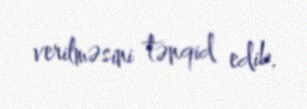
verilməsini tənqid edib.